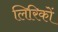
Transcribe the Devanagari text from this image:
लिरिकों